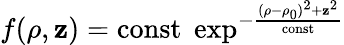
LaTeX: f(\rho,\mathbf{z})=\mathrm{{const}}\; \exp^{-{\frac{{(\rho-\rho_{0})^{2}+\mathbf{z}^{2}}}{{\mathrm{{const}}}}}}